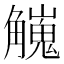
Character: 𧥇